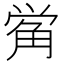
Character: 𰴣